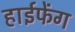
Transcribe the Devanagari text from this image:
हाईफेंग